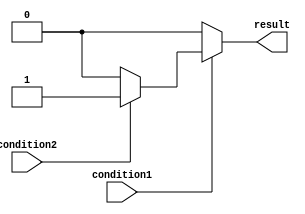
module nested_if_else (
    input wire condition1,
    input wire condition2,
    output reg result
);

always @* begin
    if (condition1) begin
        if (condition2) begin
            // Nested if block
            result <= 1;
        end else begin
            // Nested else block
            result <= 0;
        end
    end else begin
        // Outer else block
        result <= 0;
    end
end

endmodule